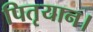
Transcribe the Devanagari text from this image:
पितृयान।